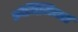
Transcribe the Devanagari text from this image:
क्रोमिमियर्स